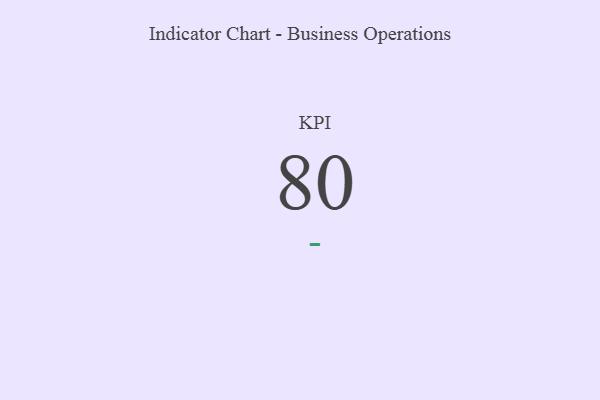
{"axis": {"x": "KPI", "y": "Value"}, "legend": [""], "data": [{"x": "KPI", "y": 80, "type": ""}]}